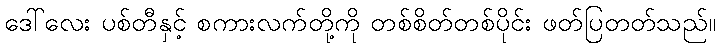
ဒေါ်လေး ပစ်တီနှင့် စကားလက်တို့ကို တစ်စိတ်တစ်ပိုင်း ဖတ်ပြတတ်သည်။